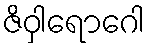
ဇိဝှါရောဂေါ